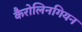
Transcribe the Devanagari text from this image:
कैरोलिनगियन